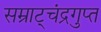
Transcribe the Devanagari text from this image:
सम्राट्चंद्रगुप्त